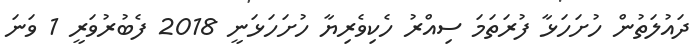
ދައުލަތުން ހުށަހަޅާ ފުރަތަމަ ސިއްރު ހެކިވެރިޔާ ހުށަހަޅަނީ 2018 ފެބުރުވަރީ 1 ވަނަ